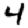
Digit: 4